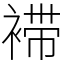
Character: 䙊